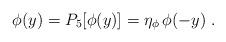
LaTeX: \begin{align*}\phi(y)=P_5[\phi(y)]= \eta_\phi \,\phi(-y) \;.\end{align*}